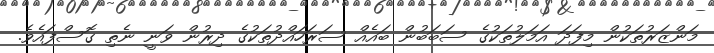
މަންޒަރުތަކުން މިފަދަ އަމަލުތަކުގެ ސަބަބުން ބައެއް ސަރަހައްދުތަކުގެ ދިރުން ވަނީ ނެތި ގޮސްފައެވެ.